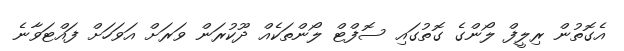
އެގޮތުން ރިލީފް ލޯންގެ ގޮތުގައި ސޮފްޓް ލޯންތަކެއް ދޫކުރަން ވަރަށް އަވަހަށް ފައްޓަވާނެ